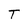
Character: T